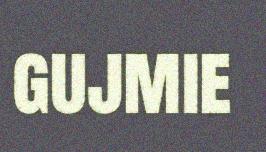
gujmie